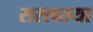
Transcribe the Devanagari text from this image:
सरलतया